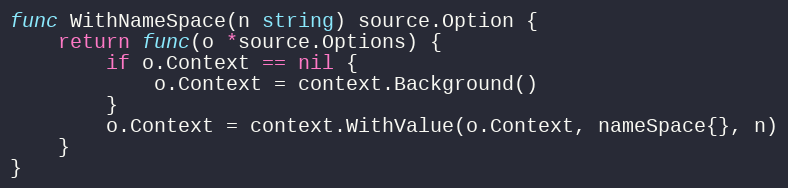
Language: Go
func WithNameSpace(n string) source.Option {
	return func(o *source.Options) {
		if o.Context == nil {
			o.Context = context.Background()
		}
		o.Context = context.WithValue(o.Context, nameSpace{}, n)
	}
}